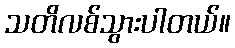
သတိလစ်သွားပါတယ်။